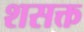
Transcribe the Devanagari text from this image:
शसक्त